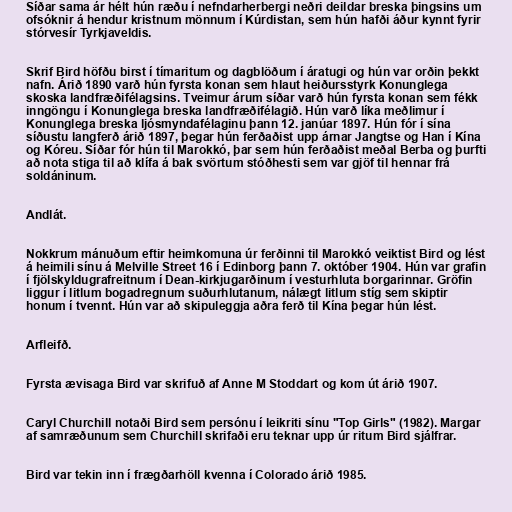
Síðar sama ár hélt hún ræðu í nefndarherbergi neðri deildar breska þingsins um
ofsóknir á hendur kristnum mönnum í Kúrdistan, sem hún hafði áður kynnt fyrir
stórvesír Tyrkjaveldis.

Skrif Bird höfðu birst í tímaritum og dagblöðum í áratugi og hún var orðin þekkt
nafn. Árið 1890 varð hún fyrsta konan sem hlaut heiðursstyrk Konunglega
skoska landfræðifélagsins. Tveimur árum síðar varð hún fyrsta konan sem fékk
inngöngu í Konunglega breska landfræðifélagið. Hún varð líka meðlimur í
Konunglega breska ljósmyndafélaginu þann 12. janúar 1897. Hún fór í sína
síðustu langferð árið 1897, þegar hún ferðaðist upp árnar Jangtse og Han í Kína
og Kóreu. Síðar fór hún til Marokkó, þar sem hún ferðaðist meðal Berba og þurfti
að nota stiga til að klífa á bak svörtum stóðhesti sem var gjöf til hennar frá
soldáninum.

Andlát.

Nokkrum mánuðum eftir heimkomuna úr ferðinni til Marokkó veiktist Bird og lést
á heimili sínu á Melville Street 16 í Edinborg þann 7. október 1904. Hún var grafin
í fjölskyldugrafreitnum í Dean-kirkjugarðinum í vesturhluta borgarinnar. Gröfin
liggur í litlum bogadregnum suðurhlutanum, nálægt litlum stíg sem skiptir
honum í tvennt. Hún var að skipuleggja aðra ferð til Kína þegar hún lést.

Arfleifð.

Fyrsta ævisaga Bird var skrifuð af Anne M Stoddart og kom út árið 1907.

Caryl Churchill notaði Bird sem persónu í leikriti sínu "Top Girls" (1982). Margar
af samræðunum sem Churchill skrifaði eru teknar upp úr ritum Bird sjálfrar.

Bird var tekin inn í frægðarhöll kvenna í Colorado árið 1985.